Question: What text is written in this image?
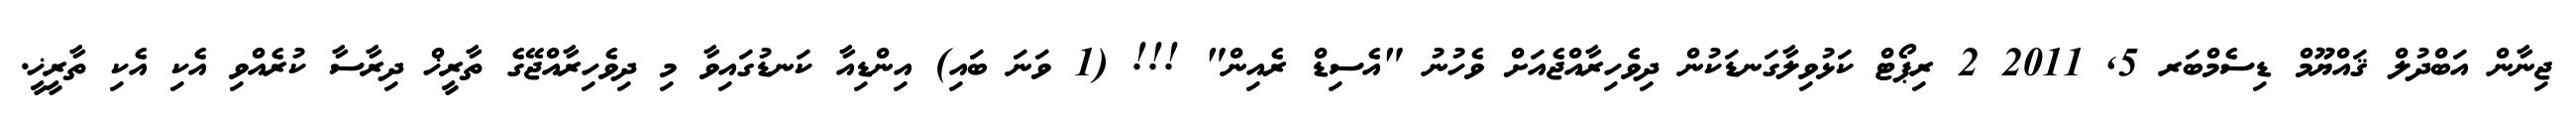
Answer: ޖިނާން އަބްދުލް ޤައްޔޫމް ޑިސެމްބަރ 5, 2011 2 ރިޕޯޓް ކަޅުވިލާގަނޑަކުން ދިވެހިރާއްޖެއަށް ވެހުނު "އެސިޑް ރެއިން" !!! (1 ވަނަ ބައި) އިންޑިއާ ކަނޑުގައިވާ މި ދިވެހިރާއްޖޭގެ ތާރީޚް ދިރާސާ ކުރެއްވި އެކި އެކި ތާރީޚީ.